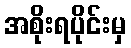
အစိုးရပိုင်းမှ